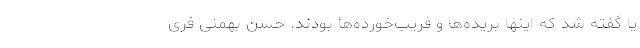
یا گفته شد که اینها بریده‌ها و فریب‌خورده‌ها بودند. حسن بهمنی فری